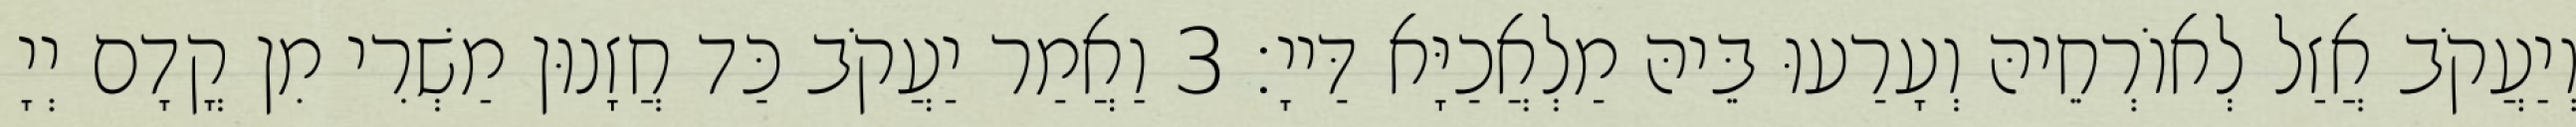
וְיַעֲקֹב אֲזַל לְאוֹרְחֵיהּ וְעָרַעוּ בֵּיהּ מַלְאֲכַיָּא דַּייָ׃ 3 וַאֲמַר יַעֲקֹב כַּד חֲזָנוּן מַשְׁרִי מִן קֳדָם יְיָ